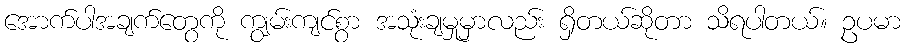
အောက်ပါအချက်တွေကို ကျွမ်းကျင်စွာ အသုံးချမှုမှာလည်း ရှိတယ်ဆိုတာ သိရပါတယ်။ ဥပမာ